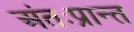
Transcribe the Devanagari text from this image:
अंतःप्रान्त